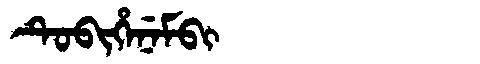
Manchu: ᡨᡠᠪᡳᡥᡝᠨᡝᠮᠪᡳ
Romanization: TUBIHENEMBI